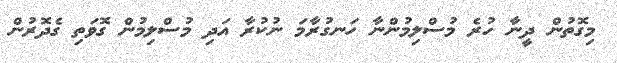
މިގޮތުން ދީނާ ހުރެ މުސްލިމުންނާ ހަނގުރާމަ ނުކުރާ އަދި މުސްލިމުން ގޮވަތި ގެދޮރުން